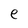
Character: e